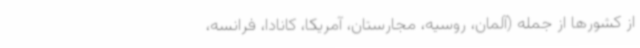
از کشورها از جمله (آلمان، روسیه، مجارستان، آمریکا، کانادا، فرانسه،